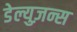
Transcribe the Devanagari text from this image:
डेल्युज़न्स